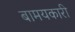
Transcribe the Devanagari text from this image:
बामयकारी